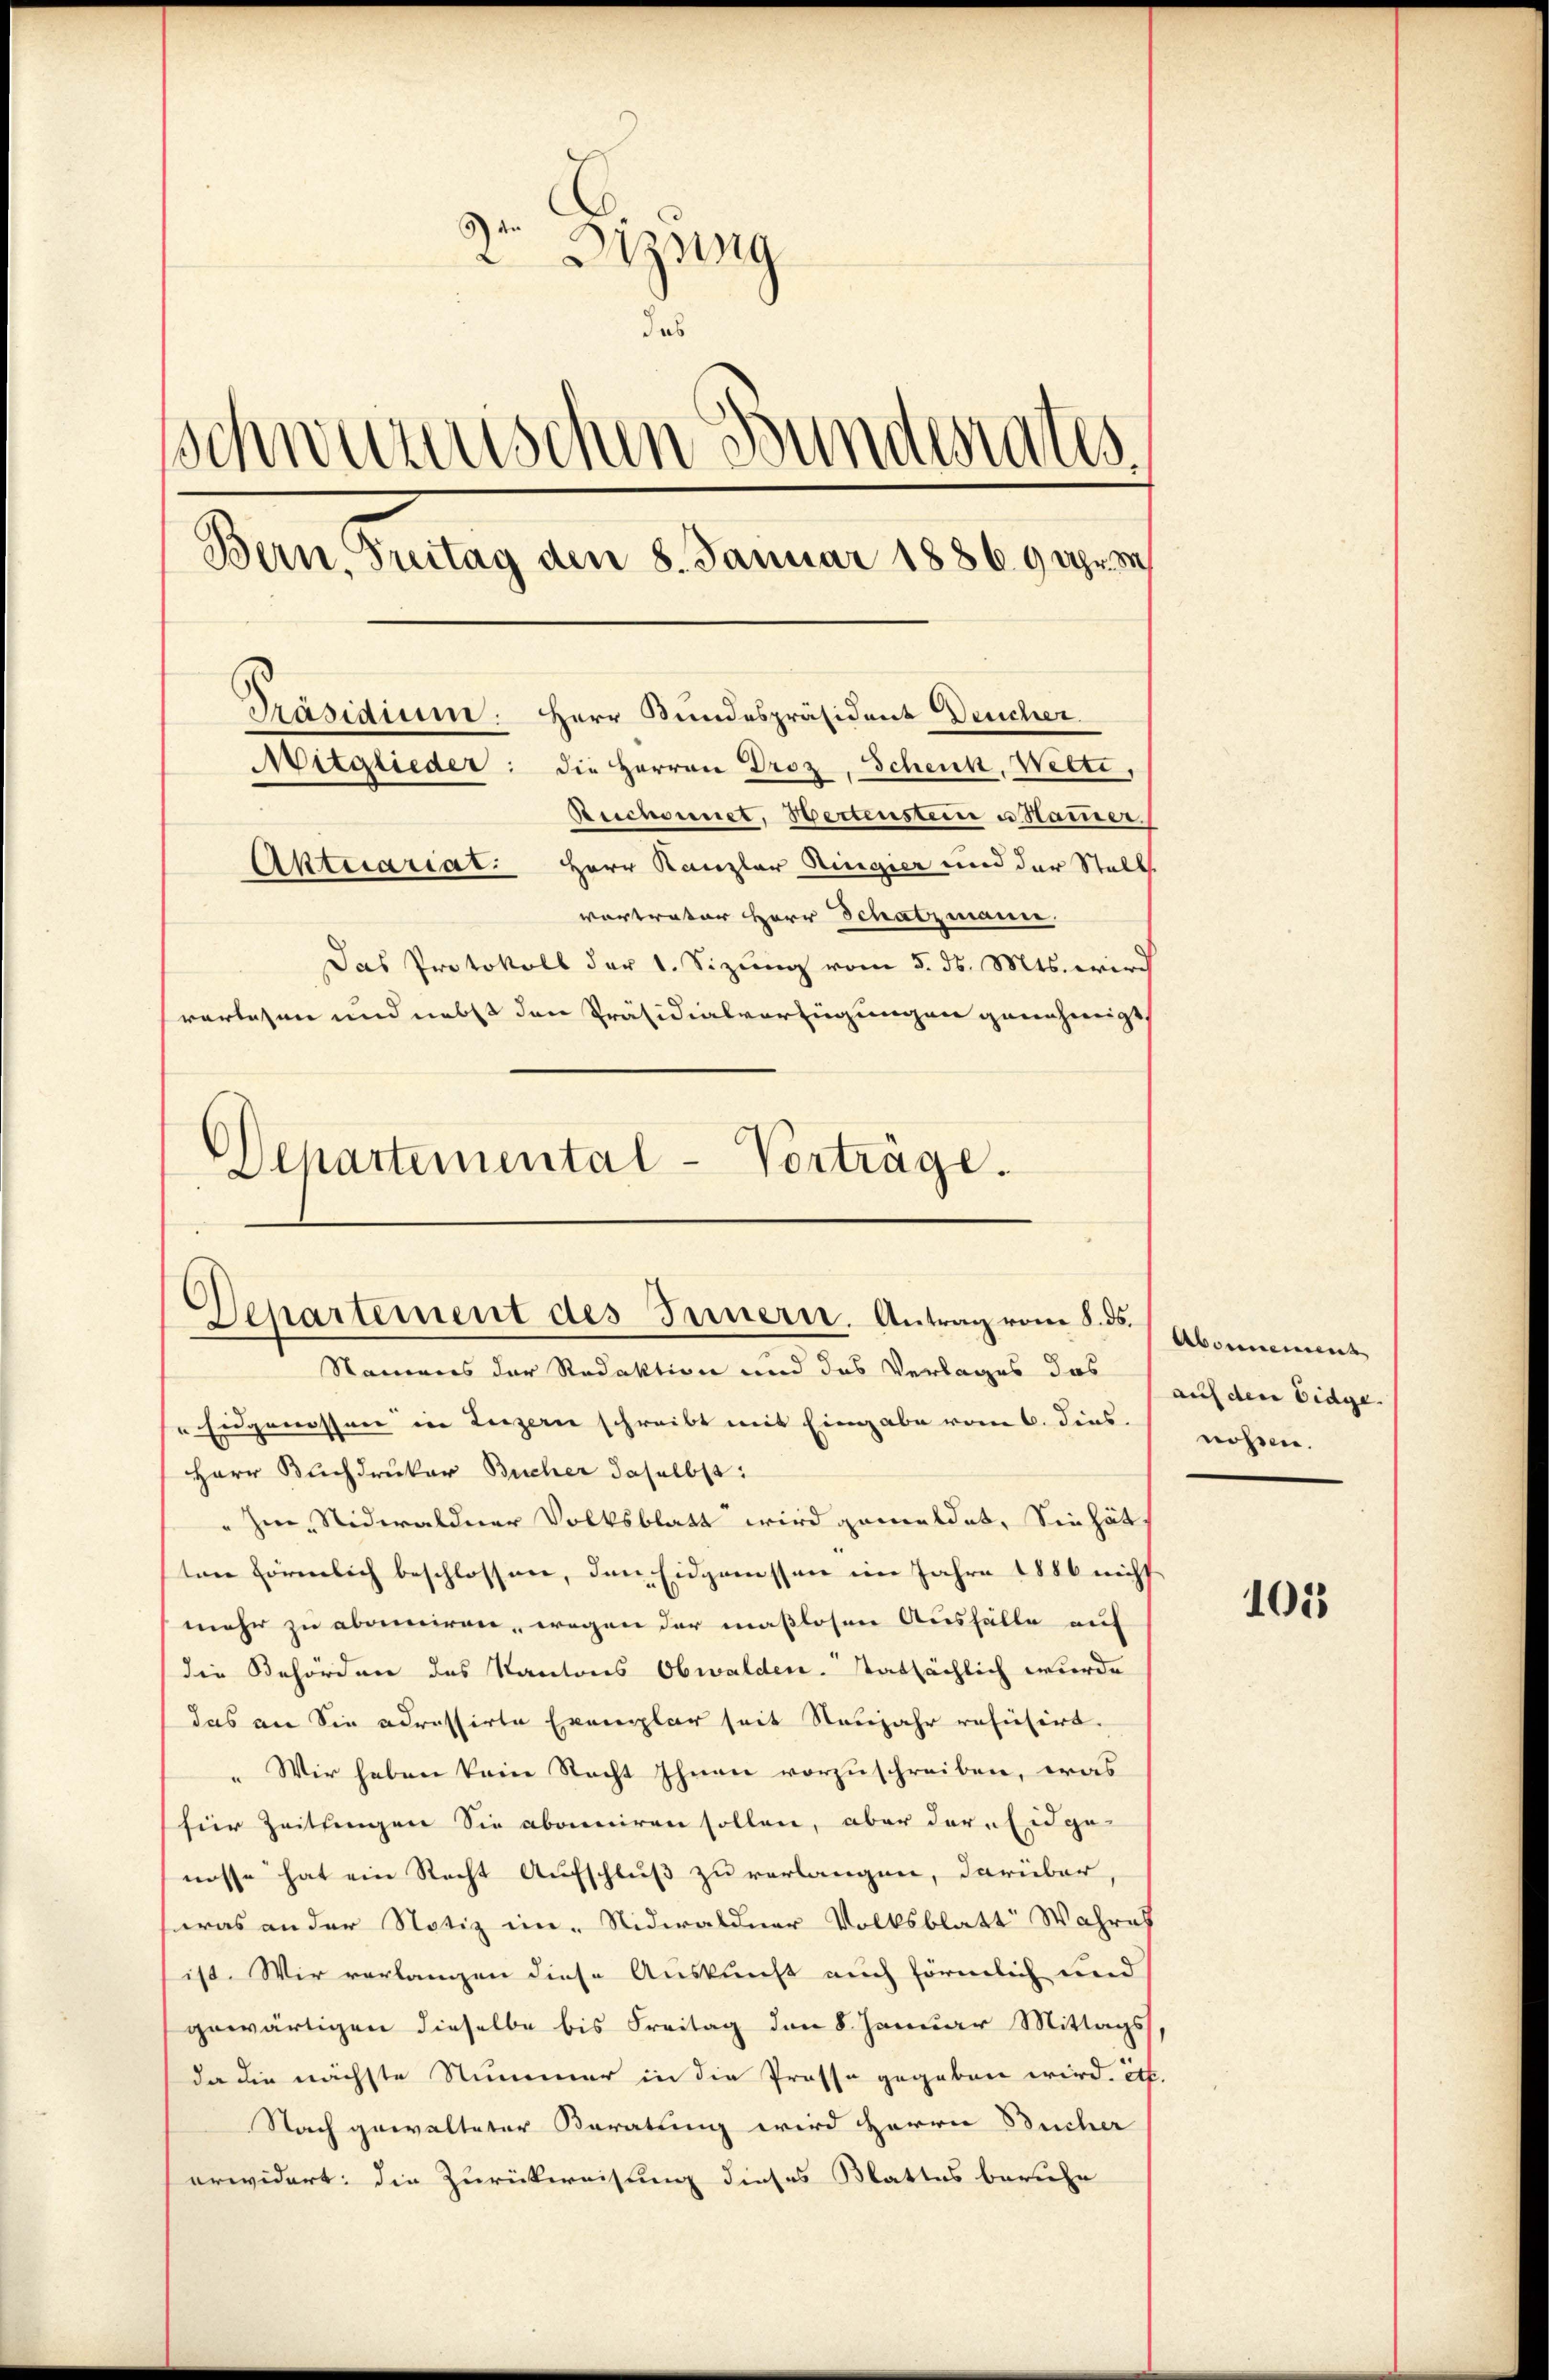
2o Dizung
das
schwerenischen Bundesrates.
Bern, Treitag den 8. Januar 1886. 9 Uhr m
Präsidium. Herr Bundespräsident Deucher.
Mitglieder: die Herren Droz, Schenk, Welti,
Reichennet, Bertenstein u. Hammer.
Aktuariat. Herr Kanzler Ringier und der Stall
vertreter Herr Schatzmann.
Das Protokoll der 1. Sizung vom 5. ds. Mts. wird
verlesen und nebst den Präsidialverfügungen genehmigt,

Departemental-Vorträge.
Departement des Innern. Antrag vom 5ten Abonnement

Namens der Redaktion und das Verlages das
" Eugenossen in Luzern schreibt mit Eingabe vom 6. dies.
Herr Buchdruker Bucher daselbst:
" In Nidwaldner Volksblatt wird gemeldet. Sie hät
ton Förmlich beschlossen, den Eidgenossen im Jahre 1886 nicht
mehr zu abonniren, wegen der maßlosen Ausfälle auf
die Behörden des Kantons Obwalden tatsächlich wurde
das an Sie adressirte Exemplar seit Neujahr refüsirt.
„Wir haben kein Recht Ihnen vorzuschreiben, was
für Zeitungen Sie abonniren sollen, aber dare Eidge-
nosse hat ein Recht Aufschluß zu verlangen, darüber,
eras an der Notiz im Nidwaldner Volksblatt Wahres
ist. Wir verlangen diese Auskunft auch förmlich und
gewärtigen dieselbe bis Freitag den 8. Januar Mittags
da die nächste Nummer in die Prosse gegeben wird. etc.
Nach gewalteter Karatung wird Herrn Bucher
erwidert: die Zurückweisung dieses Blattes beruhe

auf den Eidge
nossen.

101